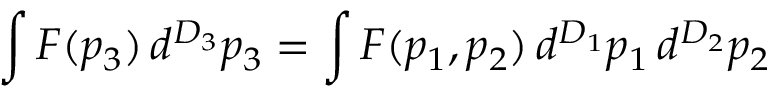
\int F ( p _ { 3 } ) \, d ^ { D _ { 3 } } p _ { 3 } = \int F ( p _ { 1 } , p _ { 2 } ) \, d ^ { D _ { 1 } } p _ { 1 } \, d ^ { D _ { 2 } } p _ { 2 }